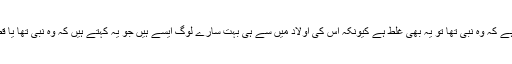
یہ کہنا کہ بہائی لٹریچر میں یا بہائیوں میں یہ تصور نہیں ہے کہ وہ نبی تھا تو یہ بھی غلط ہے کیونکہ اس کی اولاد میں سے ہی بہت سارے لوگ ایسے ہیں جو یہ کہتے ہیں کہ وہ نبی تھا یا قطب تھا یا ولی اللہ تھا اور خدائی کا دعویٰ اس نے نہیں کیا۔